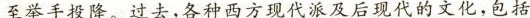
至举手投降。过去，各种西方现代派及后现代的文化，包括